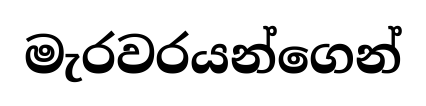
මැරවරයන්ගෙන්